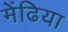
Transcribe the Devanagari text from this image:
मेंढिया